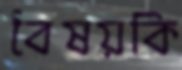
বৈষয়কি